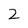
Character: 2